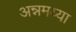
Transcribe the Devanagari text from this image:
अन्नमय्या